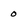
Character: o